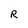
Character: R